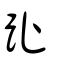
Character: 趾